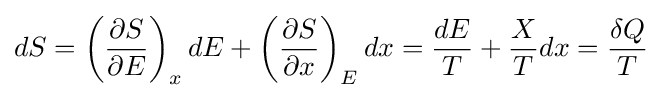
dS=\left({\frac {\partial S}{\partial E}}\right)_{x}dE+\left({\frac {\partial S}{\partial x}}\right)_{E}dx={\frac {dE}{T}}+{\frac {X}{T}}dx={\frac {\delta Q}{T}}